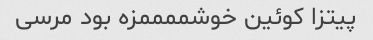
پیتزا کوئین خوشممممزه بود مرسی